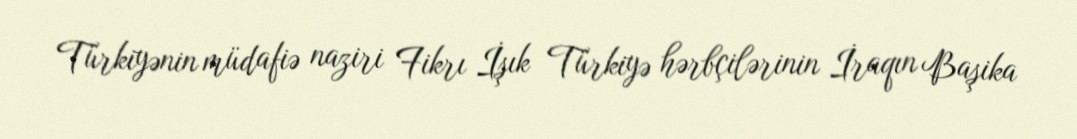
Türkiyənin müdafiə naziri Fikrı İşık Türkiyə hərbçilərinin İraqın Başika